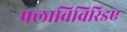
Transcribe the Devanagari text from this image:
फ्लाविविरिडए